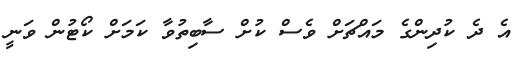
އެ ދެ ކުދިންގެ މައްޗަށް ވެސް ކުށް ސާބިތުވާ ކަމަށް ކޯޓުން ވަނީ